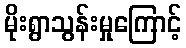
မိုးရွာသွန်းမှုကြောင့်